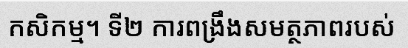
កសិកម្ម។ ទី២ ការពង្រឹងសមត្ថភាពរបស់